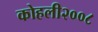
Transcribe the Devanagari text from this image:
कोहली२००८